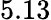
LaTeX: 5.13